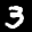
Label: 3